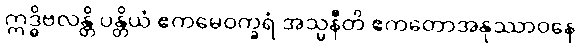
ဣဒ္ဓိဗလန္တိ ပန္တိယံ ဧကမေဝက္ခရံ အသ္မနီတိ ဧကတောအနုဿာဝနေ